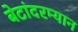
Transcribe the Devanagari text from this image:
बेटांदरम्यान